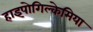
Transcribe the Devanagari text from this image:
हाइपोगिल्केमिया